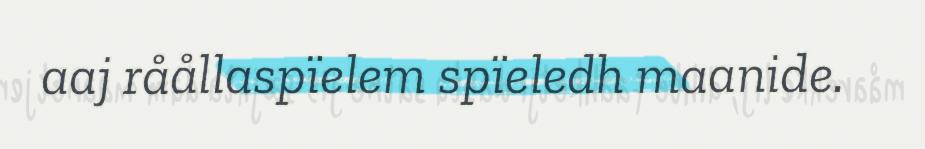
aaj råållaspïelem spïeledh maanide.